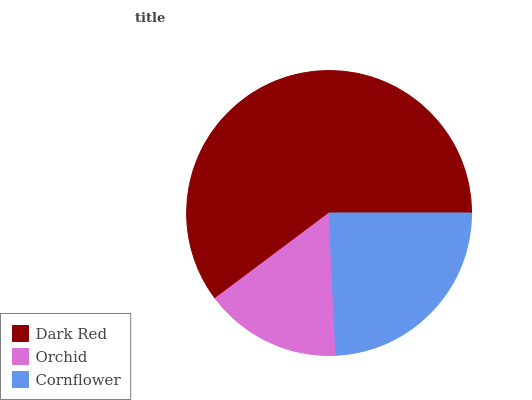
| Dark Red | Orchid | Cornflower |
 | --- | --- | --- |
 | 60.2% | 15.5% | 24.2% |